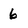
Character: 6